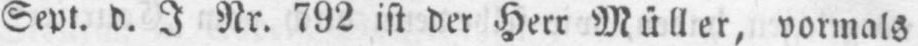
Sept. d. J. Nr. 792 ist der Herr Müller, vormals